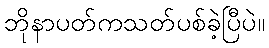
ဘိုနာပတ်ကသတ်ပစ်ခဲ့ပြီပဲ။